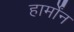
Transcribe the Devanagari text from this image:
हार्मोंन